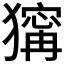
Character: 𤡺